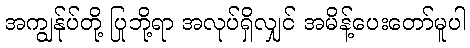
အကျွန်ုပ်တို့ ပြုဘို့ရာ အလုပ်ရှိလျှင် အမိန့်ပေးတော်မူပါ